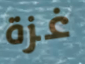
غزة